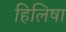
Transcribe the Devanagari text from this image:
हिलिषा